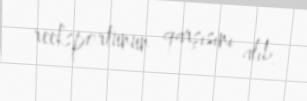
reeksportunun qarşısını alıb.